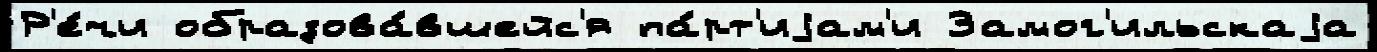
Р'е́чи образова́вшейс'я па́рт'иjам'и Замог'ильскаjа